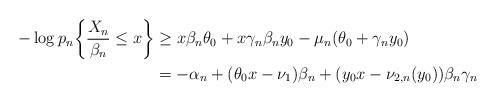
LaTeX: \begin{align*}- \log p_n \bigg\{ \frac{X_n}{\beta_n} \le x\bigg\} &\ge x \beta_n \theta_0 +x\gamma_n\beta_n y_0-\mu_n(\theta_0 +\gamma_n y_0) \\&=-\alpha_n + (\theta_0 x - \nu_1) \beta_n + (y_0 x - \nu_{2,n}(y_0) ) \beta_n\gamma_n \end{align*}